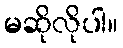
မဆိုလိုပါ။